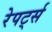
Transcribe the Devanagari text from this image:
रेपर्ट्स